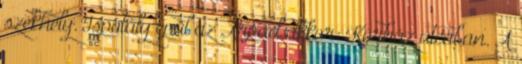
székhely. Ispotály épül az Árpád akkor: Kórház utcában. A